Code of medical and sanitary regulations for the guidance of medical officers serving in the Madras Presidency - Volume I
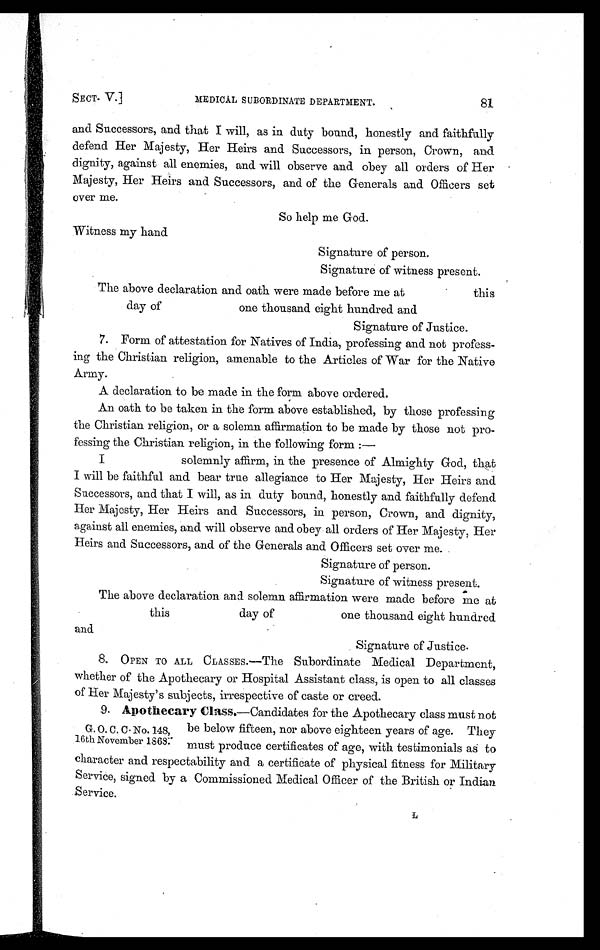
SECT- V.]
MEDICAL SUBORDINATE DEPARTMENT.
81
and Successors, and that I will, as in duty bound, honestly and faithfully
defend Her Majesty, Her Heirs and Successors, in person, Crown, and
dignity, against all enemies, and will observe and obey all orders of Her
Majesty, Her Heirs and Successors, and of the Generals and Officers set
over me.
So help me God.
Witness my hand
Signature of person.
Signature of witness present.
The above declaration and oath were made before me at this
day of
one thousand eight hundred and
Signature of Justice.
7. Form of attestation for Natives of India, professing and not profess-
ing the Christian religion, amenable to the Articles of War for the Native
Army.
A declaration to be made in the form above ordered.
An oath to be taken in the form above established, by those professing
the Christian religion, or a solemn affirmation to be made by those not pro-
fessing the Christian religion, in the following form :
—
I solemnly affirm, in the presence of Almighty God, that
I will be faithful and bear true allegiance to Her Majesty, Her Heirs and
Successors, and that I will, as in duty bound, honestly and faithfully defend
Her Majesty, Her Heirs and Successors, in person, Crown, and dignity,
against all enemies, and will observe and obey all orders of Her Majesty, Her
Heirs and Successors, and of the Generals and Officers set over me.
Signature of person.
Signature of witness present.
The above declaration and solemn affirmation were made before me at
this
day of
one thousand eight hundred
and.
Signature of Justice.
8.
OPEN TO ALL CLASSES.—The Subordinate Medical Department,
whether of the Apothecary or Hospital Assistant class, is open to all classes
of Her Majesty's subjects, irrespective of caste or creed.
9. Apothecary Class.—Candidates for the Apothecary class must not
G. O. C. C. No. 148, be below fifteen, nor above eighteen years of age. They
16th November 1868: must produce certificates of age, with testimonials as to
character and respectability and a certificate of physical fitness for Military
Service, signed by a Commissioned Medical Officer of the British or Indian
Service.